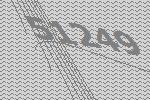
51249